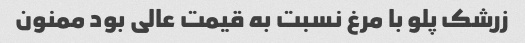
زرشک پلو با مرغ نسبت به قیمت عالی بود ممنون